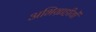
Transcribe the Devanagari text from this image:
अभिग्राहीयों